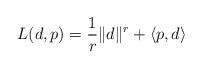
LaTeX: \begin{align*}L(d, p)= \frac{1}{r} \| d \|^r + \left\langle p, d \right\rangle\end{align*}